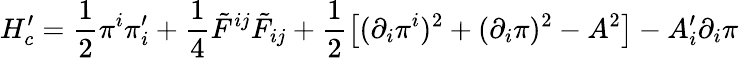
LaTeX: H_{c}^{\prime}=\frac{1}{2}\pi^{i}\pi_{i}^{\prime}+\frac{1}{4}\tilde{F}^{ij}\tilde{F}_{ij}+\frac{1}{2}\left[(\partial_{i}\pi^{i})^{2}+(\partial_{i}\pi)^{2}-A^{2}\right]-A_{i}^{\prime}\partial_{i}\pi